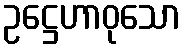
ဥဋ္ဌေဟာဝုသော